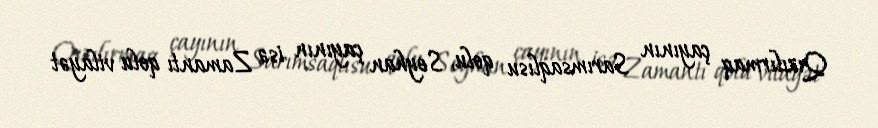
Qızılırmaq çayının Sarımsaqlısu qolu, Seyhan çayının isə Zamantı qolu vilayət